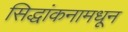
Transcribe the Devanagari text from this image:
सिद्धांकनामधून